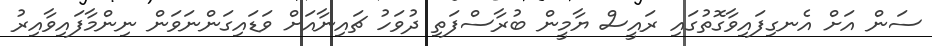
ސަން އަށް އެނގިފައިވާގޮތުގައި ރައީސް ޔާމީން ބުރާސްފަތި ދުވަހު ޗައިނާއަށް ވަޑައިގަންނަވަން ނިންމާފައިވާއިރު